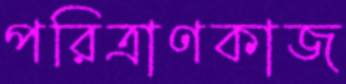
পরিত্রাণকাজ